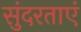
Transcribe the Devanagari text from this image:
सुंदरताएं